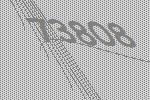
73808